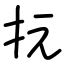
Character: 抏